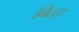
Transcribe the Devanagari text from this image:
वित्त्